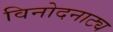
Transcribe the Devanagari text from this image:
विनोदनाट्य